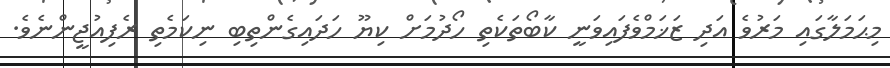
މިޙަމަލާގައި މަރުވެ އަދި ޒަޚަމްވެފައިވަނީ ކާބޯތަކެތި ހޯދުމަށް ކިޔޫ ހަދައިގެންތިބި ނިކަމެތި ރެފިއުޖީންނެވެ.